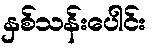
နှစ်သန်းပေါင်း